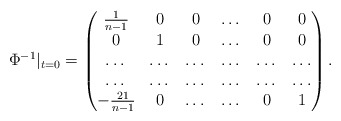
\begin{align*} \Phi^{-1}|_{t=0}=\begin{pmatrix} \frac{1}{n-1} & 0 & 0 & \dots & 0 & 0 \\ 0 & 1 & 0 & \dots & 0 & 0 \\ \dots & \dots & \dots & \dots & \dots & \dots\\ \dots & \dots & \dots & \dots & \dots & \dots\\ -\frac{21}{n-1} & 0 & \dots & \dots & 0 & 1 \end{pmatrix}.\end{align*}